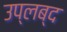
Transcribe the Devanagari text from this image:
उप्लब्द